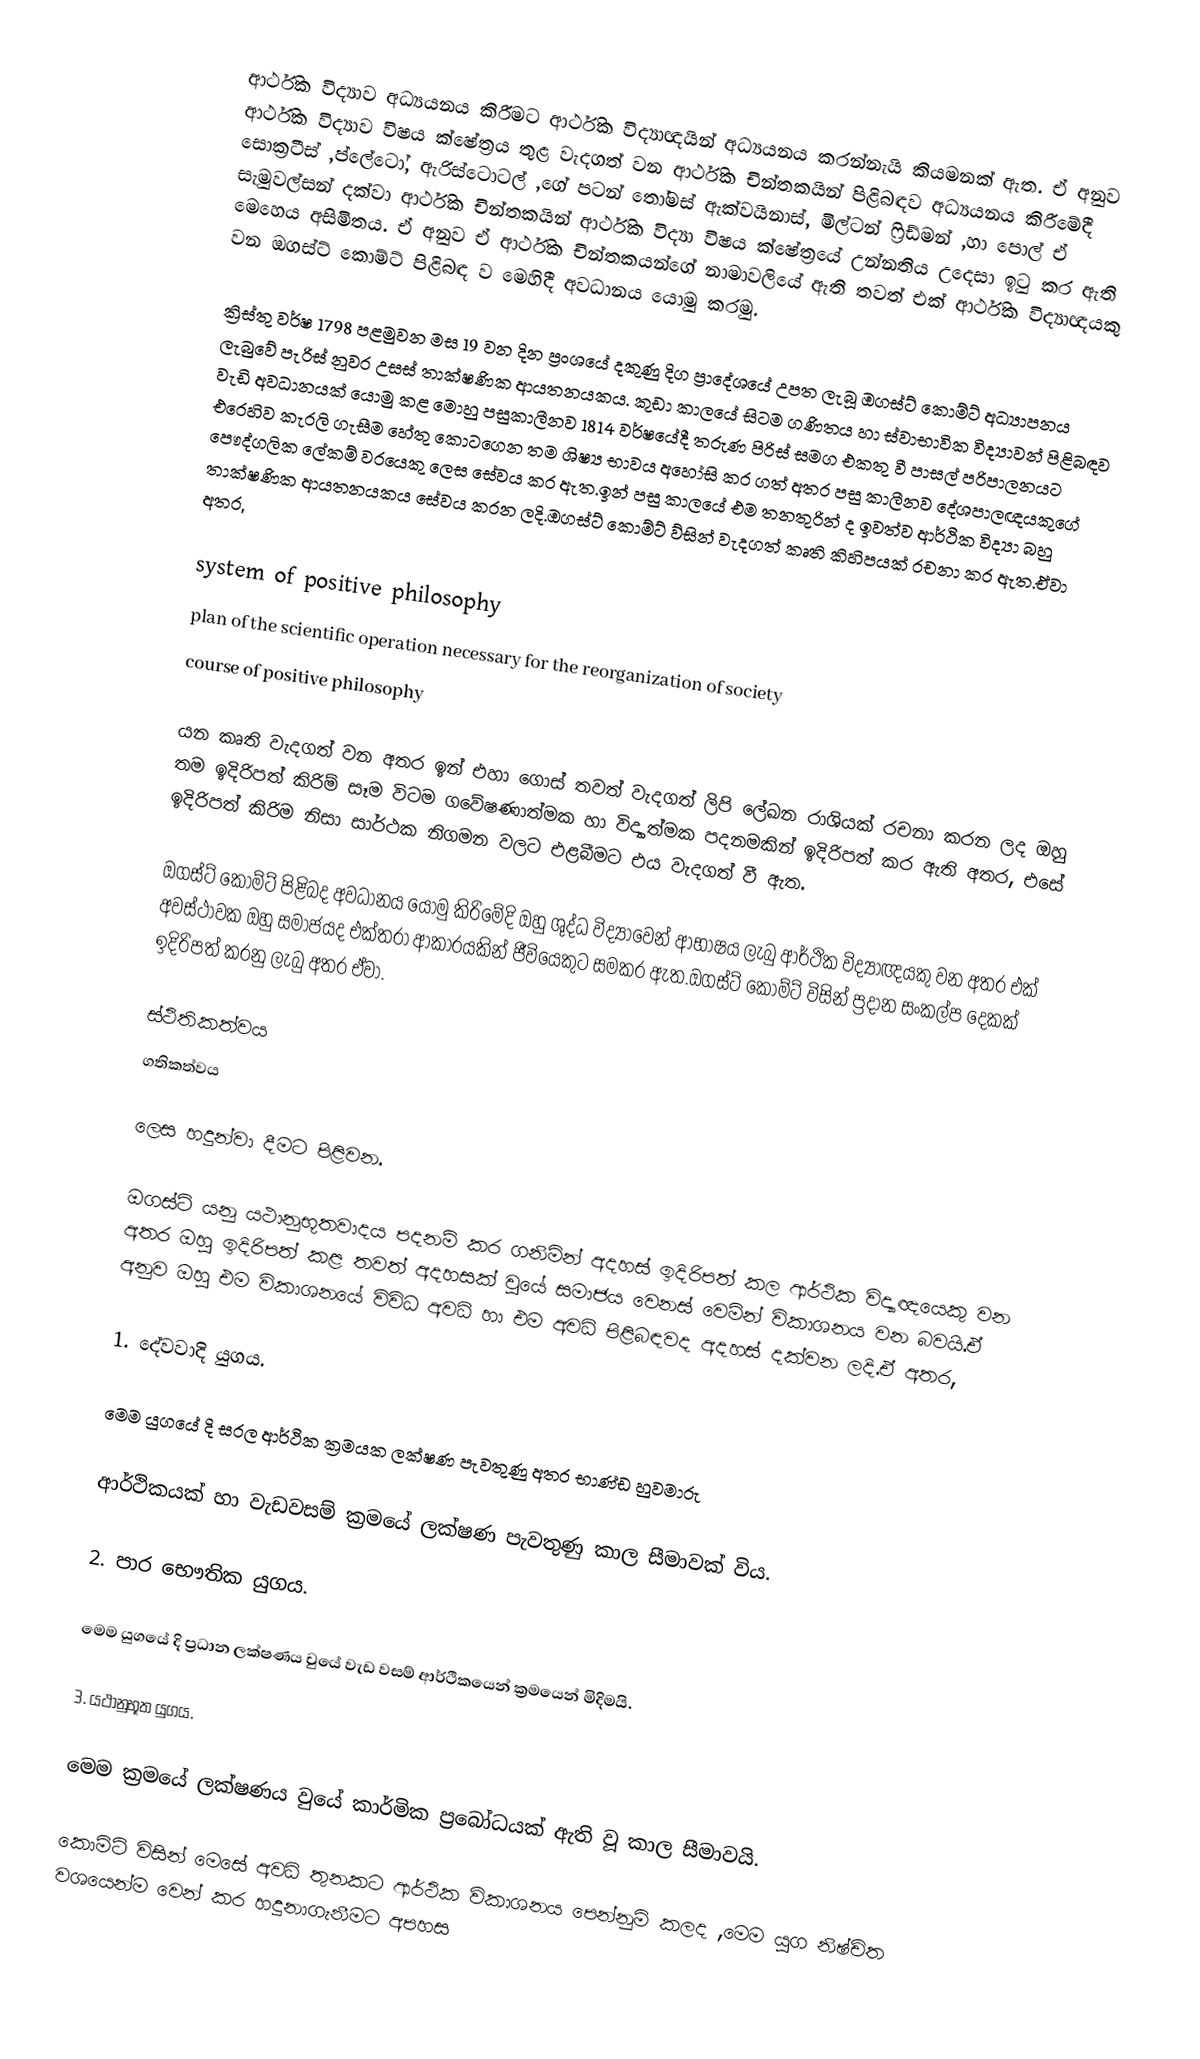
ආර්ථික විද්‍යාව අධ්‍යයනය කිරීමට ආර්ථික විද්‍යාඥයින්  අධ්‍යයනය කරන්නැයි කියමනක් ඇත. ඒ අනුව ආර්ථික විද්‍යාව විෂය ක්ෂේත්‍රය තුළ වැදගත් වන ආර්ථික චින්තකයින් පිළිබඳව අධ්‍යයනය කිරීමේදී සොක්‍රටීස් ,ප්ලේටෝ, ඇරිස්ටොටල් ,ගේ පටන් තෝමස් ඇක්වයිනාස්, මිල්ටන් ෆ්‍රිඩ්මන්  ,හා පොල් ඒ සැමුවල්සන් දක්වා ආර්ථික චින්තකයින් ආර්ථික විද්‍යා විෂය  ක්ෂේත්‍රයේ උන්නතිය උදෙසා ඉටු කර ඇති මෙහෙය අසිමිතය. ඒ අනුව ඒ ආර්ථික  චින්තකයන්ගේ නාමාවලියේ ඇති තවත් එක් ආර්ථික විද්‍යාඥයකු වන ඔගස්ට් කොම්ට් පිළිබඳ ව මෙහිදී අවධානය යොමු කරමු.

ක්‍රිස්තු වර්ෂ 1798 පළමුවන මස 19 වන දින ප්‍රංශයේ දකුණු දිග ප්‍රාදේශයේ උපත ලැබූ ඔගස්ට් කොම්ට් අධ්‍යාපනය ලැබුවේ පැරිස් නුවර උසස් තාක්ෂණික ආයතනයකය. කුඩා කාලයේ සිටම ගණිතය හා ස්වාභාවික විද්‍යාවන් පිළිබඳව වැඩි අවධානයක් යොමු කළ මොහු පසුකාලීනව 1814 වර්ෂයේදී තරුණ පිරිස් සමග එකතු වී පාසල් පරිපාලනයට එරෙහිව කැරලි ගැසීම හේතු කොටගෙන තම ශිෂ්‍ය භාවය අහෝසි කර ගත් අතර පසු කාලීනව දේශපාලඥයකුගේ පෞද්ගලික ලේකම් වරයෙකු ලෙස සේවය කර ඇත.ඉන් පසු කාලයේ  එම තනතුරින් ද ඉවත්ව ආර්ථික විද්‍යා බහු තාක්ෂණික  ආයතනයකය සේවය කරන ලදි.ඔගස්ට් කොම්ට්  ව්සින්  වැදගත් කෘති කිහිපයක් රචනා කර ඇත.ඒවා අතර,

 system of positive philosophy
 plan of the scientific operation necessary for the reorganization of society
 course of positive philosophy

යන කෘති වැදගත් වන අතර ඉන් එහා ගොස් තවත් වැදගත් ලිපි ලේඛන රාශියක් රචනා කරන ලද ඔහු තම ඉදිරිපත් කිරිම් සෑම විටම ගවේෂණාත්මක හා විද්‍යාත්මක පදනමකින් ඉදිරිපත් කර ඇති අතර, එසේ  ඉදිරිපත් කිරිම නිසා  සාර්ථක නිගමන වලට එළබීමට එය වැදගත් වී ඇත.

ඔගස්ට් කොම්ට් පිළිබද අවධානය යොමු කිරිමේදි ඔහු ශුද්ධ විද්‍යාවෙන් ආභාෂය ලැබු ආර්ථික විද්‍යාඥයකු වන අතර එක් අවස්ථාවක ඔහු සමාජයද එක්තරා ආකාරයකින් ජීවියෙකුට සමකර ඇත.ඔගස්ට් කොම්ට් විසින් ප්‍රදාන සංකල්ප දෙකක් ඉදිරිපත් කරනු ලැබු අතර ඒවා.

 ස්ථිතිකත්වය
 ගතිකත්වය

            ලෙස හදුන්වා දීමට පිළිවන.

ඔගස්ට් යනු යථානුභූතවාදය පදනම් කර ගනිමින් අදහස්  ඉදිරිපත් කල ආර්ථික විද්‍යාඥයෙකු වන අතර ඔහු ඉදිරිපත් කළ තවත් අදහසක් වුයේ සමාජය වෙනස් වෙමින් විකාශනය වන බවයි.ඒ අනුව ඔහු එම විකාශනයේ විවිධ අවධි හා එම අවධි පිළිබඳවද  අදහස් දක්වන ලදි.ඒ අතර,

1. දේවවාදි යුගය.

  මෙම යුගයේ දි සරල ආර්ථික ක්‍රමයක ලක්ෂණ පැවතුණු අතර භාණ්ඩ හුවමාරු

ආර්ථිකයක් හා වැඩවසම් ක්‍රමයේ ලක්ෂණ පැවතුණු කාල සීමාවක් විය.

2. පාර භෞතික යුගය.

   මෙම යුගයේ දි ප්‍රධාන ලක්ෂණය වුයේ වැඩ වසම් ආර්ථිකයෙන් ක්‍රමයෙන් මිදිමයි.

3. යථානුභූත යුගය.

   මෙම ක්‍රමයේ ලක්ෂණය වුයේ කාර්මික ප්‍රබෝධයක් ඇති වූ කාල සීමාවයි.

කොමිට් විසින් මෙසේ අවධි තුනකට ආර්ථික විකාශනය පෙන්නුමි කලද ,මෙම යුග නිෂ්චිත වශයෙන්ම වෙන් කර හදුනාගැනීමට අපහස